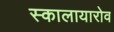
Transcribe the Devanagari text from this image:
स्कालायारोव